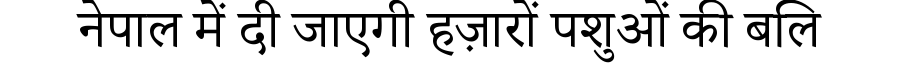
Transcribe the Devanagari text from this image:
नेपाल में दी जाएगी हज़ारों पशुओं की बलि